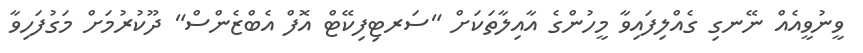
ވީނުވީއެއް ނޭނގި ގެއްލިފައިވާ މީހުންގެ އާއިލާތަކަށް "ސަރޓިފިކޭޓް އޮފް އެބްޒެންސް" ދޫކުރުމަށް މަގުފަހިވާ